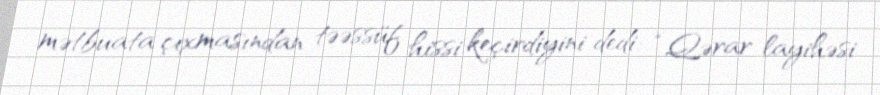
mətbuata çıxmasından təəssüf hissi keçirdiyini dedi: “Qərar layihəsi